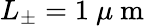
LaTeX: L_{\pm}=1\mathrm{~}\mu\mathrm{~m~}